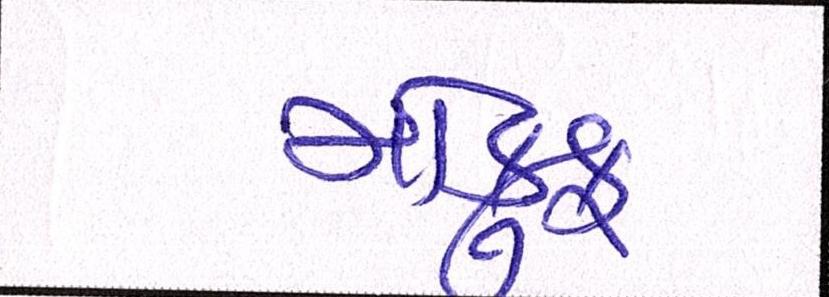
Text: મોકુફ